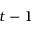
t - 1